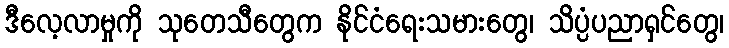
ဒီလေ့လာမှုကို သုတေသီတွေက နိုင်ငံရေးသမားတွေ၊ သိပ္ပံပညာရှင်တွေ၊